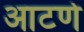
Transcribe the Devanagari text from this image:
आटणे